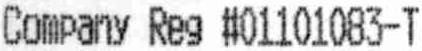
COMPANY REG #01101083-T